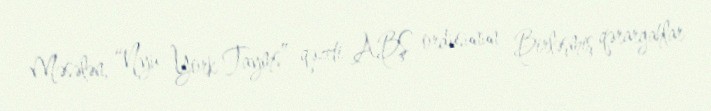
Məsələn, “Nyu York Tayms” qəzeti ABŞ ordusunun Birləşmiş qərargahlar